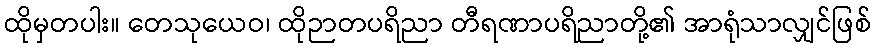
ထိုမှတပါး။ တေသုယေဝ၊ ထိုဉာတပရိညာ တီရဏာပရိညာတို့၏ အာရုံသာလျှင်ဖြစ်